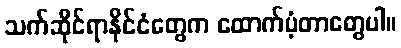
သက်ဆိုင်ရာနိုင်ငံတွေက ထောက်ပံ့တာတွေပါ။